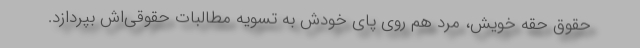
حقوق حقه خویش، مرد هم روی پای خودش به تسویه مطالبات حقوقی‌اش بپردازد.